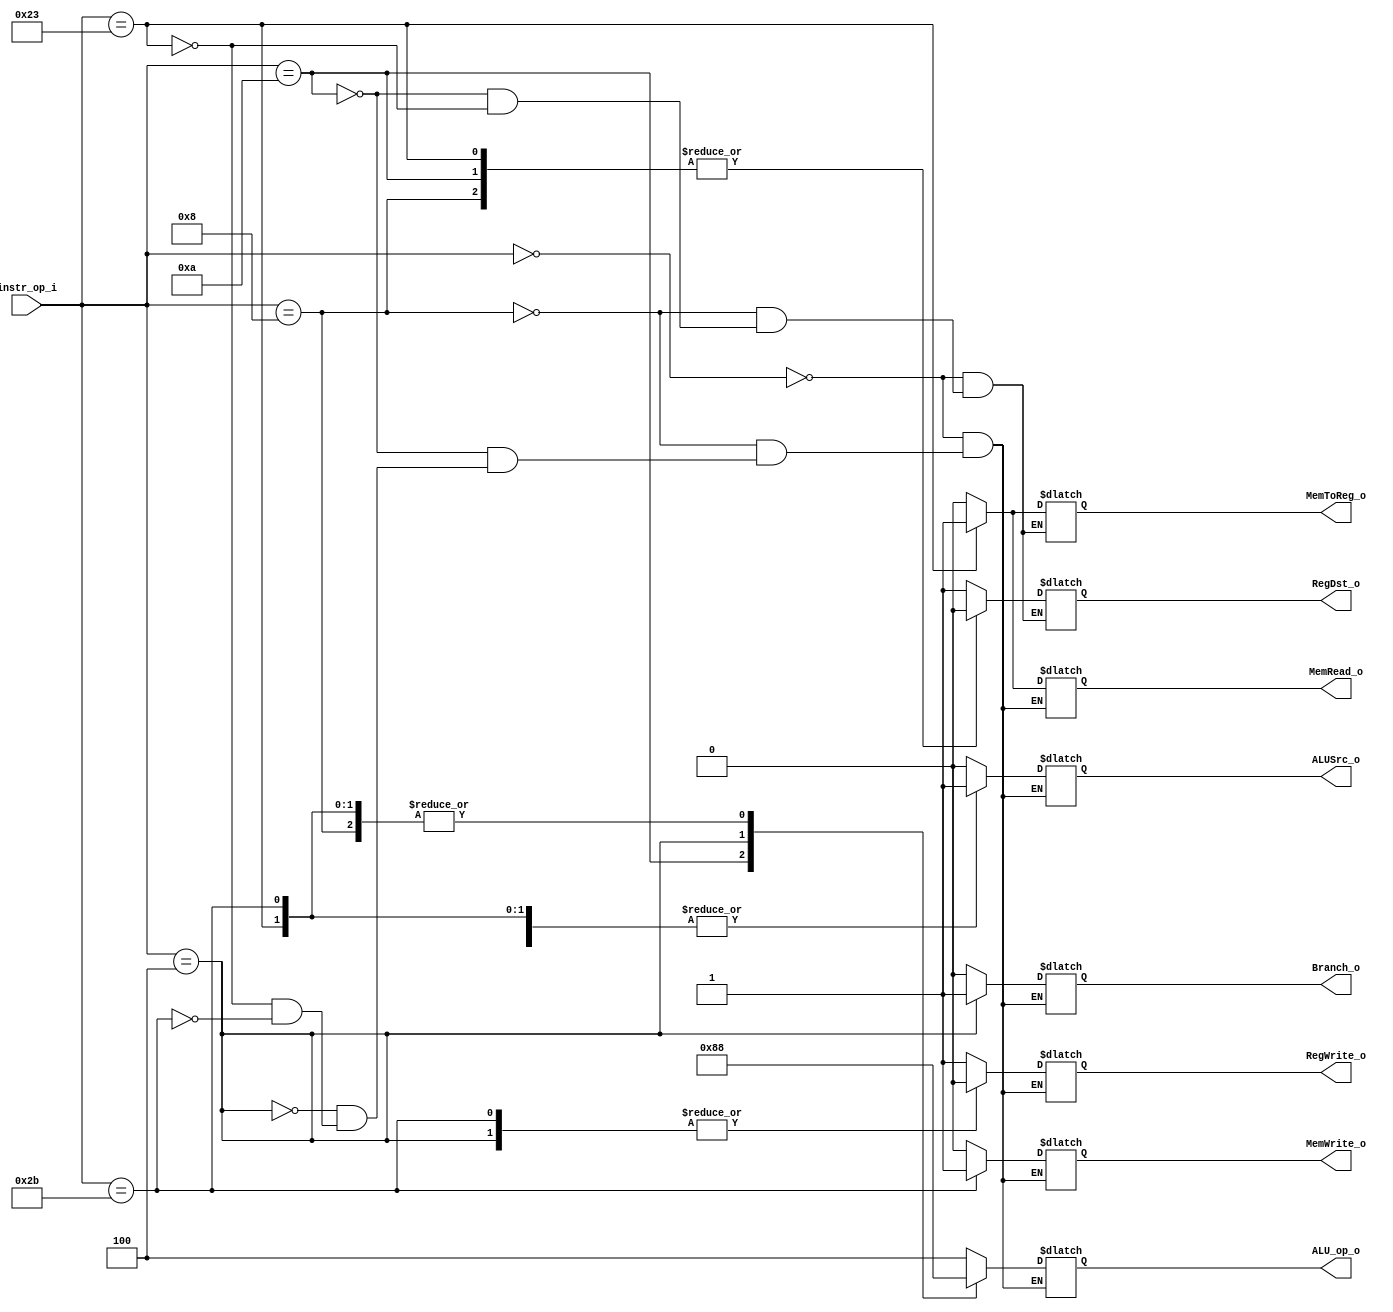
// 0516022

//Subject:     CO project 2 - Decoder
//--------------------------------------------------------------------------------
//Version:     1
//--------------------------------------------------------------------------------
//Writer:      Luke
//----------------------------------------------
//----------------------------------------------
//Description: 
//--------------------------------------------------------------------------------

module Decoder(
    instr_op_i,
    RegWrite_o,
    ALU_op_o,
    ALUSrc_o,
    RegDst_o,
    Branch_o,
    MemRead_o,
    MemWrite_o,
    MemToReg_o
    );
     
//I/O ports
input  [6-1:0] instr_op_i;

output         RegWrite_o;
output [3-1:0] ALU_op_o;
output         ALUSrc_o;
output         RegDst_o;
output         Branch_o;
output         MemRead_o;
output         MemWrite_o;
output         MemToReg_o;

//Internal Signals
reg         RegWrite_o;
reg [3-1:0] ALU_op_o;
reg         ALUSrc_o;
reg         RegDst_o;
reg         Branch_o;
reg         MemRead_o;
reg         MemWrite_o;
reg         MemToReg_o;

//Main Function
always@(*) begin
    case(instr_op_i)
    	6'b000000: begin //R-type
		RegDst_o = 1;
		ALUSrc_o = 0;	
		MemToReg_o = 0;
		MemRead_o = 0;
		MemWrite_o = 0;
		Branch_o = 0;	
		ALU_op_o = 3'b100;
		RegWrite_o = 1;
	end
	6'b001000: begin //addi
		RegDst_o = 0;
		ALUSrc_o = 1;
		MemToReg_o = 0;
		MemRead_o = 0;
		MemWrite_o = 0;
		Branch_o = 0;
		ALU_op_o = 3'b000;
		RegWrite_o = 1;
	end
	6'b001010: begin //slti
		RegDst_o = 0;
		ALUSrc_o = 1;
		MemToReg_o = 0;
		MemRead_o = 0;
		MemWrite_o = 0;
		Branch_o = 0;
		ALU_op_o = 3'b010;
		RegWrite_o = 1;
	end
	6'b000100: begin //beq
		RegDst_o = RegDst_o; 
		ALUSrc_o = 0;
		MemToReg_o = MemToReg_o;
		MemRead_o = 0;
		MemWrite_o = 0;
		Branch_o = 1;
		ALU_op_o = 3'b001;
		RegWrite_o = 0;
	end
	6'b100011: begin //lw
		RegDst_o = 0;
		ALUSrc_o = 1;
		MemToReg_o = 1;
		MemRead_o = 1;
		MemWrite_o = 0;
		Branch_o = 0;
		ALU_op_o = 3'b000;
		RegWrite_o = 1;
	end
	6'b101011: begin //sw
		RegDst_o = RegDst_o;
		ALUSrc_o = 1;
		MemToReg_o = MemToReg_o;
		MemRead_o = 0;
		MemWrite_o = 1;
		Branch_o = 0;
		ALU_op_o = 3'b000;
		RegWrite_o = 0;
	end

   endcase
end 

endmodule